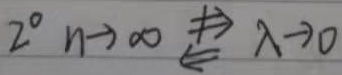
\(2^{\circ}\) \(n\rightarrow\infty \nRightarrow \lambda\rightarrow0\) ，\(\overset{?}{\Leftarrow}\)